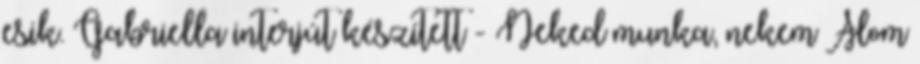
esik. Gabriella interjút készített - Neked munka, nekem Álom